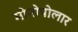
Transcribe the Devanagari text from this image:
मोनोपोलार